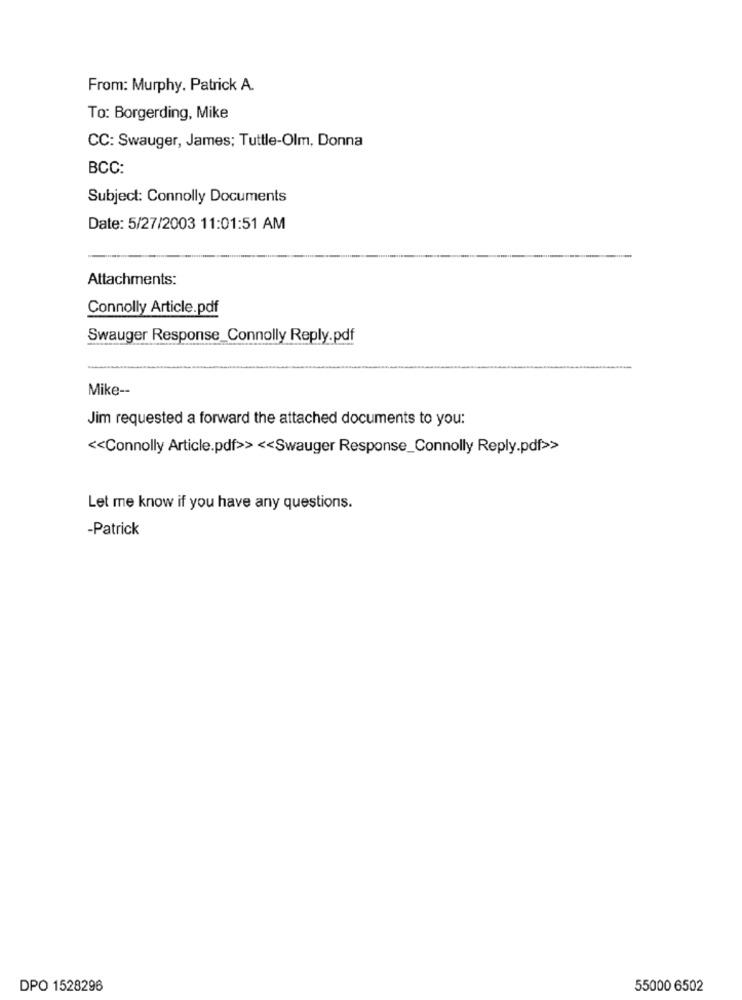
From: Murphy, Patrick A.
To: Borgerding, Mike
CC: Swauger, James; Tuttle-Olm, Donna
BCC:
Subject: Connolly Documents
Date: 5/27/2003 11:01:51 AM
Attachments:
Connolly Article.pdf
Swauger Response_Connolly Reply.pdf
Mike --
Jim requested a forward the attached documents to you:
<< Connolly Article.pdf>> << Swauger Response_Connolly Reply.pdf>>
Let me know if you have any questions.
-Patrick
DPO 1528296
55000 6502